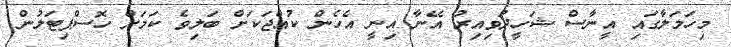
މިހަމަލާގައި އީނާސް ޝަހީދުވިއިރު އޭނާ އިނީ އެހެން ކުއްޖަކަށް ބަލިވެ ކަމަށް ހޮސްޕިޓަލުން